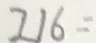
2 1 6 =